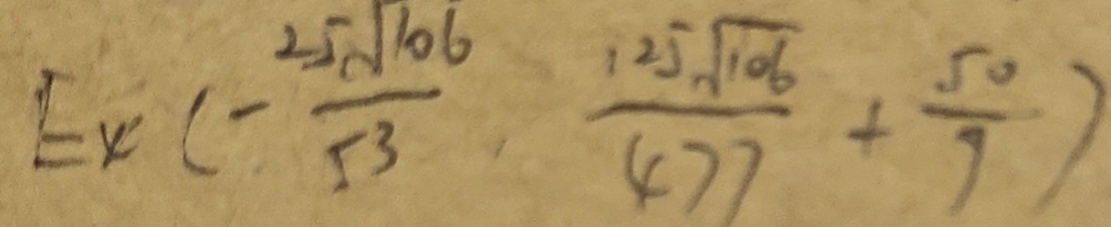
E _ { 4 } ( - \frac { 2 5 \sqrt { 1 0 6 } } { 5 3 } , \frac { 1 2 5 \sqrt { 1 0 6 } } { 4 7 7 } + \frac { 5 0 } { 9 } )